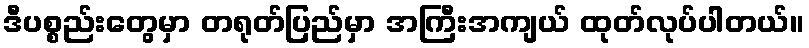
ဒီပစ္စည်းတွေမှာ တရုတ်ပြည်မှာ အကြီးအကျယ် ထုတ်လုပ်ပါတယ်။